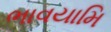
ભાવયામિ